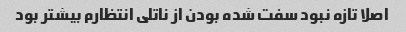
اصلا تازه نبود سفت شده بودن از ناتلی انتظارم بیشتر بود